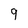
Character: 9